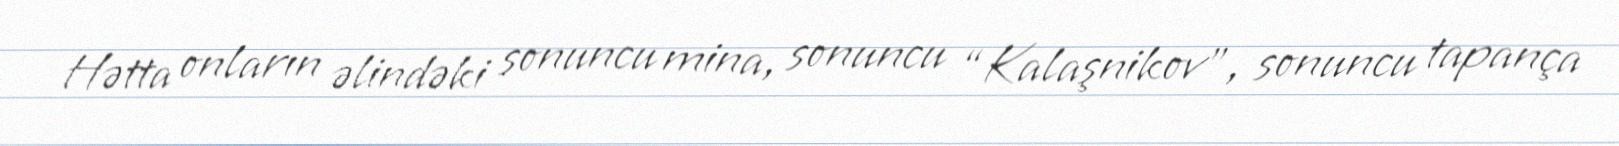
Hətta onların əlindəki sonuncu mina, sonuncu “Kalaşnikov”, sonuncu tapança